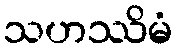
သဟဿိမံ